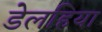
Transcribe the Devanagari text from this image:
डेलहिया